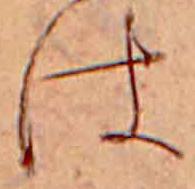
は